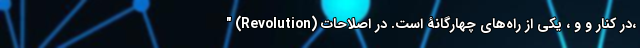
" (Revolution) در کنار و و ، یکی از راه‌های چهارگانۀ است. در اصلاحات،